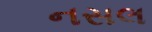
નસલ